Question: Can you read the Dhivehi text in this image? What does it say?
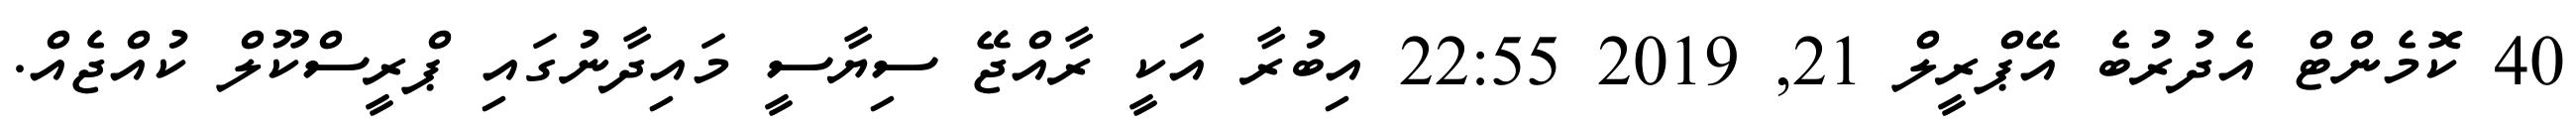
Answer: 40 ކޮމެންޓް އެދުރުބެ އޭޕްރީލް 21, 2019 22:55 އިބުރާ އަކީ ރާއްޖޭ ސިޔާސީ މައިދާނުގައި ޕްރީސްކޫލް ކުއްޖެއް.